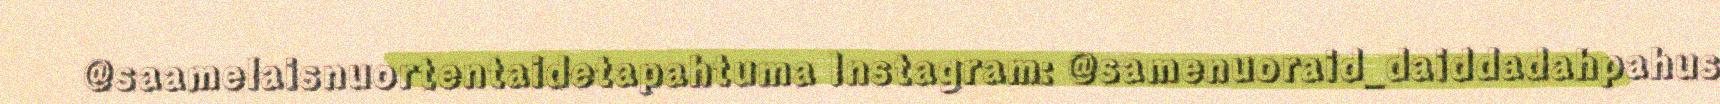
@saamelaisnuortentaidetapahtuma Instagram: @samenuoraid_daiddadahpahus